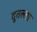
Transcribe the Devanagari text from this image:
दुतल्ला